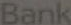
Bank